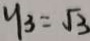
y _ { 3 } = \sqrt { 3 }